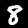
Digit: 8